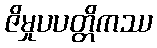
ဇိမှုပပတ္တိကဿ